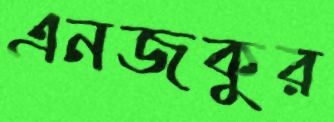
এনজকুর